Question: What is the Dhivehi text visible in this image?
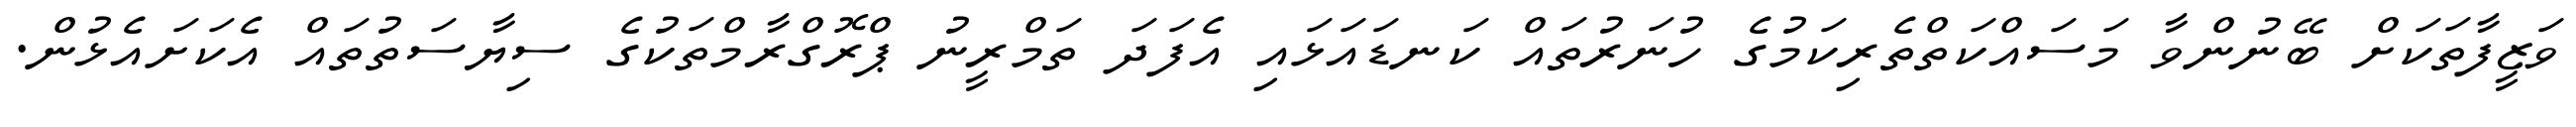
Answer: ވަޒީފާތަކަށް ބޭނުންވާ މަސައްކަތްތެރިކަމުގެ ހުނަރުތައް ކަނޑައަޅައި އެފަދަ ތަމްރީނު ޕްރޮގްރާމްތަކުގެ ސިޔާސަތުތައް އެކަށައެޅުން.